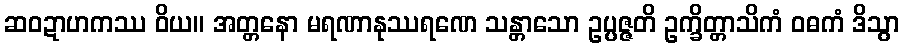
ဆဝဍာဟကဿ ဝိယ။ အတ္တနော မရဏာနုဿရဏေ သန္တာသော ဥပ္ပဇ္ဇတိ ဥက္ခိတ္တာသိကံ ဝဓကံ ဒိသွာ